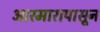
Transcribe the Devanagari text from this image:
आरमारापासून